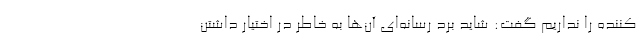
کننده را نداریم گفت: شاید بُرد رسانه‌ای آن‌ها به خاطر در اختیار داشتن